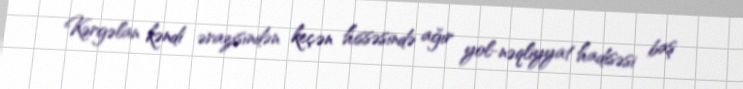
Kərgəlan kəndi ərazisindən keçən hissəsində ağır yol-nəqliyyat hadisəsi baş